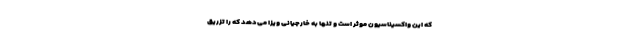
که این واکسیناسیون موثر است و تنها به خارجیانی ویزا می‌دهد که را تزریق